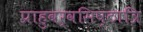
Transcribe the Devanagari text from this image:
प्राहुवर्वसिष्ठात्रि